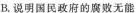
B.说明国民政府的腐败无能